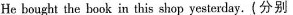
He bought the book in this shop yesterday。(分别